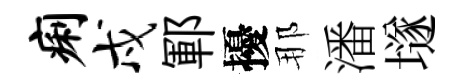
痢戍鄆擾那潘𡑞